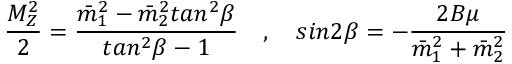
\frac { M _ { Z } ^ { 2 } } { 2 } = \frac { \bar { m } _ { 1 } ^ { 2 } - \bar { m } _ { 2 } ^ { 2 } t a n ^ { 2 } \beta } { t a n ^ { 2 } \beta - 1 } \quad , \quad s i n 2 \beta = - \frac { 2 B \mu } { \bar { m } _ { 1 } ^ { 2 } + \bar { m } _ { 2 } ^ { 2 } }